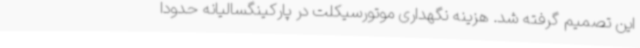
این تصمیم گرفته شد. هزینه‌ نگهداری موتورسیکلت در پارکینگسالیانه حدوداً